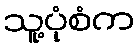
သူ့ပုံစံက